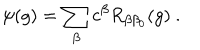
\psi ( g ) = \sum _ { \beta } c ^ { \beta } R _ { \beta \beta _ { 0 } } ( g ) ~ .